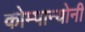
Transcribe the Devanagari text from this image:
कोम्पान्योनी